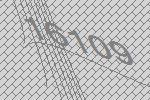
16109